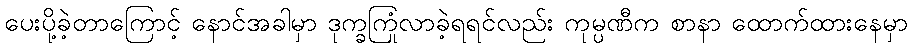
ပေးပို့ခဲ့တာကြောင့် နောင်အခါမှာ ဒုက္ခကြုံလာခဲ့ရရင်လည်း ကုမ္ပဏီက စာနာ ထောက်ထားနေမှာ